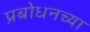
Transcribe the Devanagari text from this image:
प्रबोधनच्या